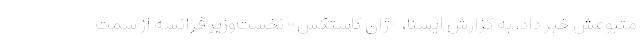
متبوعش خبر داد. به گزارش ایسنا، «ژان کاستکس» نخست‌وزیر فرانسه از سمت